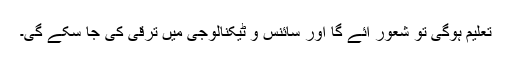
تعلیم ہوگی تو شعور آئے گا اور سائنس و ٹیکنالوجی میں ترقی کی جا سکے گی۔